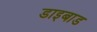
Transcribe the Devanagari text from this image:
डाइबाड